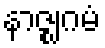
နာဇ္ဈဂမံ